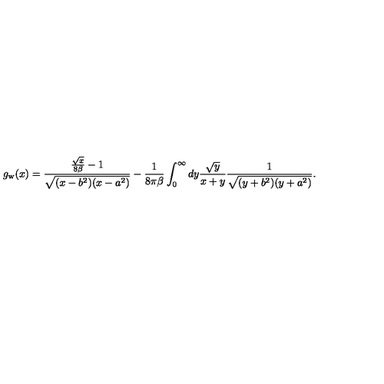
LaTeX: g _ { \mathrm { w } } ( x ) = { \frac { { \frac { \sqrt { x } } { 8 \beta } } - 1 } { \sqrt { ( x - b ^ { 2 } ) ( x - a ^ { 2 } ) } } } - { \frac { 1 } { 8 \pi \beta } } \int _ { 0 } ^ { \infty } d y { \frac { \sqrt { y } } { x + y } } { \frac { 1 } { \sqrt { ( y + b ^ { 2 } ) ( y + a ^ { 2 } ) } } } .